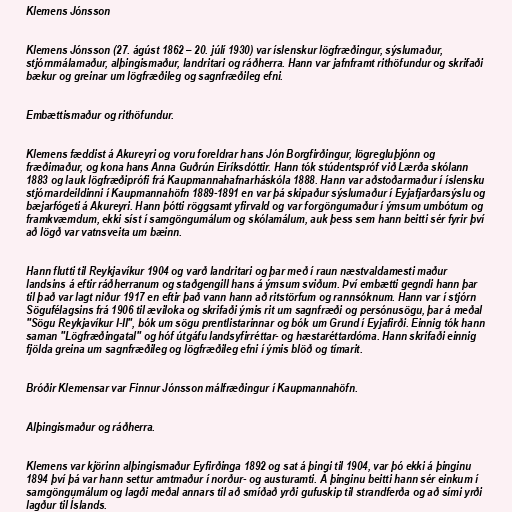
Klemens Jónsson

Klemens Jónsson (27. ágúst 1862 – 20. júlí 1930) var íslenskur lögfræðingur, sýslumaður,
stjórnmálamaður, alþingismaður, landritari og ráðherra. Hann var jafnframt rithöfundur og skrifaði
bækur og greinar um lögfræðileg og sagnfræðileg efni.

Embættismaður og rithöfundur.

Klemens fæddist á Akureyri og voru foreldrar hans Jón Borgfirðingur, lögregluþjónn og
fræðimaður, og kona hans Anna Guðrún Eiríksdóttir. Hann tók stúdentspróf við Lærða skólann
1883 og lauk lögfræðiprófi frá Kaupmannahafnarháskóla 1888. Hann var aðstoðarmaður í íslensku
stjórnardeildinni í Kaupmannahöfn 1889-1891 en var þá skipaður sýslumaður í Eyjafjarðarsýslu og
bæjarfógeti á Akureyri. Hann þótti röggsamt yfirvald og var forgöngumaður í ýmsum umbótum og
framkvæmdum, ekki síst í samgöngumálum og skólamálum, auk þess sem hann beitti sér fyrir því
að lögð var vatnsveita um bæinn.

Hann flutti til Reykjavíkur 1904 og varð landritari og þar með í raun næstvaldamesti maður
landsins á eftir ráðherranum og staðgengill hans á ýmsum sviðum. Því embætti gegndi hann þar
til það var lagt niður 1917 en eftir það vann hann að ritstörfum og rannsóknum. Hann var í stjórn
Sögufélagsins frá 1906 til æviloka og skrifaði ýmis rit um sagnfræði og persónusögu, þar á meðal
"Sögu Reykjavíkur I-II", bók um sögu prentlistarinnar og bók um Grund í Eyjafirði. Einnig tók hann
saman "Lögfræðingatal" og hóf útgáfu landsyfirréttar- og hæstaréttardóma. Hann skrifaði einnig
fjölda greina um sagnfræðileg og lögfræðileg efni í ýmis blöð og tímarit.

Bróðir Klemensar var Finnur Jónsson málfræðingur í Kaupmannahöfn.

Alþingismaður og ráðherra.

Klemens var kjörinn alþingismaður Eyfirðinga 1892 og sat á þingi til 1904, var þó ekki á þinginu
1894 því þá var hann settur amtmaður í norður- og austuramti. Á þinginu beitti hann sér einkum í
samgöngumálum og lagði meðal annars til að smíðað yrði gufuskip til strandferða og að sími yrði
lagður til Íslands.